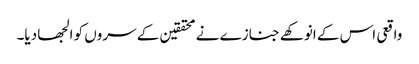
واقعی اس کے انوکھے جنازے نے محققین کے سروں کو الجھا دیا۔